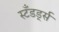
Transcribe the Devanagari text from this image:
स्टॅंडर्ड्स